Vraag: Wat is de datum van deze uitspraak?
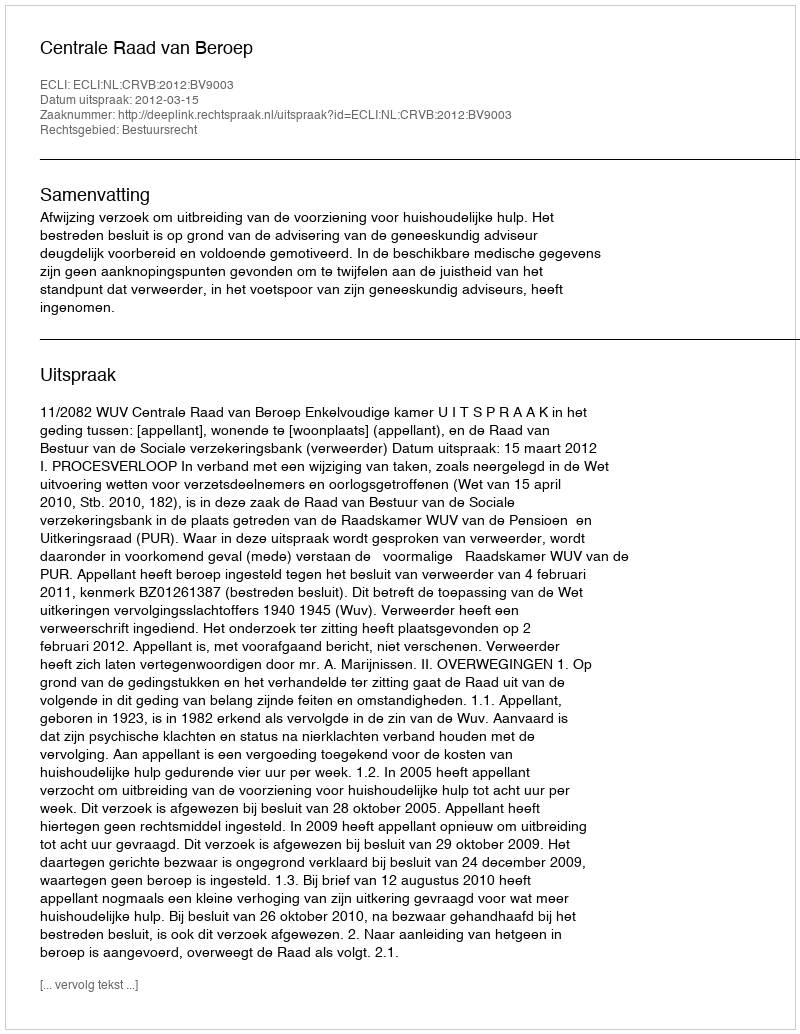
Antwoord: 2012-03-15